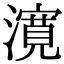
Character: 𭳈